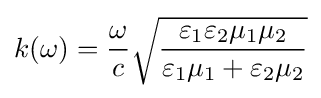
k(\omega )={\frac {\omega }{c}}{\sqrt {\frac {\varepsilon _{1}\varepsilon _{2}\mu _{1}\mu _{2}}{\varepsilon _{1}\mu _{1}+\varepsilon _{2}\mu _{2}}}}